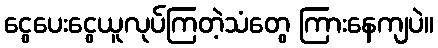
ငွေပေးငွေယူလုပ်ကြတဲ့သံတွေ ကြားနေကျပဲ။